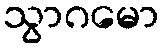
သွာဂမော